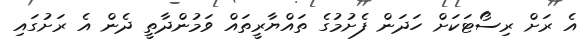
އެ ރަށް ރިސޯޓަކަށް ހަދަން ފެށުމުގެ ތައްޔާރީތައް ވަމުންދާތީ ދެން އެ ރަށުގައި